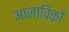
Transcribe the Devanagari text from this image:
आजाविकों